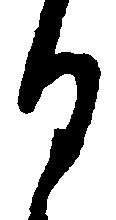
日